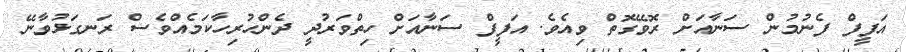
އަފީފް ފެނުމުން ސަނާއަށް ރޮވޭގޮތް ވިއެވެ. އަފީފް ސަނާއަށް ހިތްވަރުދީ ދެންހުރިހާކަމެއްވެސް ރަނގަޅުވާނޭ